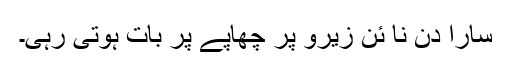
سارا دن نا ئن زیرو پر چھاپے پر بات ہوتی رہی۔